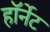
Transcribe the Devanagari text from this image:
हाॅर्नेट